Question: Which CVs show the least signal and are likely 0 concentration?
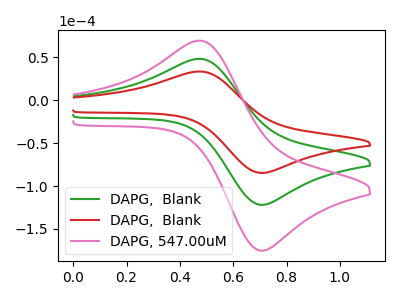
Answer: <think>The green curve "DAPG,  Blank" has an anodic peak at (0.50V, 48.30uA) and a cathodic peak at (0.70V, -121.85uA). The red curve "DAPG,  Blank" has an anodic peak at (0.50V, 33.55uA) and a cathodic peak at (0.70V, -84.70uA). The pink curve "DAPG, 547.00uM" has an anodic peak at (0.50V, 96.55uA) and a cathodic peak at (0.70V, -243.75uA).</think>
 <answer>There are not any CV's on this graph that are likely to be blanks.</answer>
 <eval>none</eval>